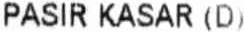
PASIR KASAR (D)